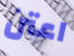
اعتن